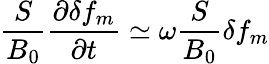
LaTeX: \frac{S}{B_{0}}\frac{\partial\delta f_{m}}{\partial t}\simeq\omega\frac{S}{B_{0}}\delta f_{m}